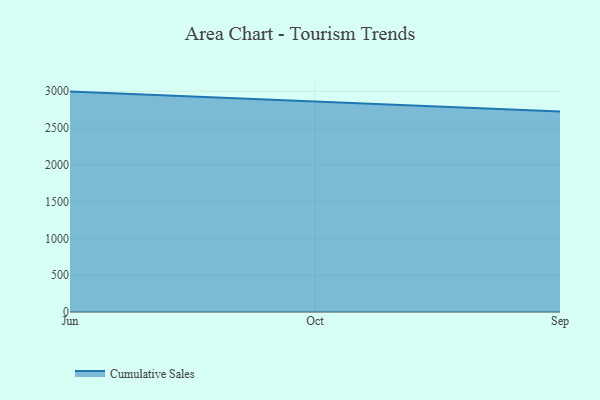
{"axis": {"x": "Month", "y": "Population (Million)"}, "legend": ["Cumulative Sales"], "data": [{"x": "Jun", "y": 2995.8, "type": "Cumulative Sales"}, {"x": "Oct", "y": 2859.1, "type": "Cumulative Sales"}, {"x": "Sep", "y": 2724.1, "type": "Cumulative Sales"}]}